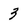
Character: 3